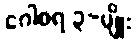
ဂေါစရ ၃-မျိုး